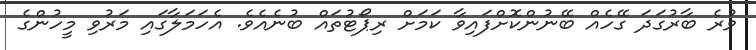
ވުރެ ބާރުގަދަ ގޭހެއް ބޭނުންކޮށްފައިވާ ކަމަށް ރިޕޯޓުތައް ބުނެއެވެ. އެހަމަލާގައި މަރުވި މީހުންގެ